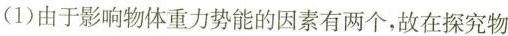
(1)由于影响物体重力势能的因素有两个，故在探究物